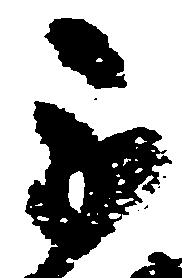
不